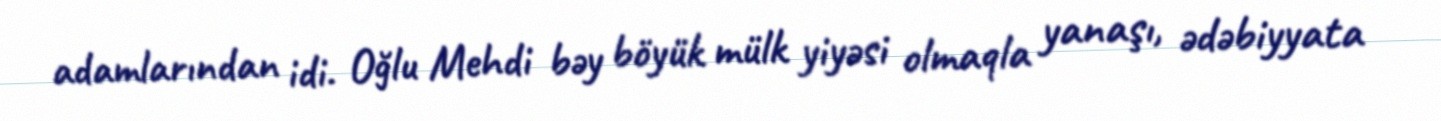
adamlarından idi. Oğlu Mehdi bəy böyük mülk yiyəsi olmaqla yanaşı, ədəbiyyata